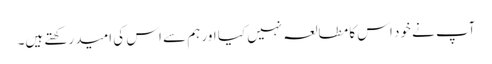
آپ نے خود اس کا مطالعہ نہیں کیا اور ہم سے اس کی امید رکھتے ہیں۔